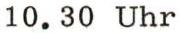
10.30 Uhr